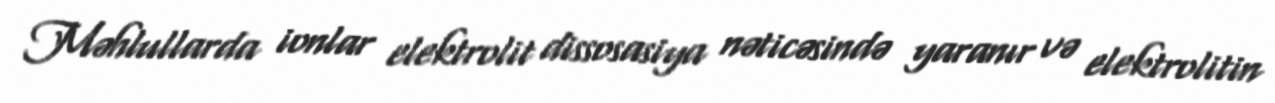
Məhlullarda ionlar elektrolit dissosasiya nəticəsində yaranır və elektrolitin